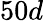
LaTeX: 50d